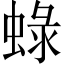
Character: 𧌍